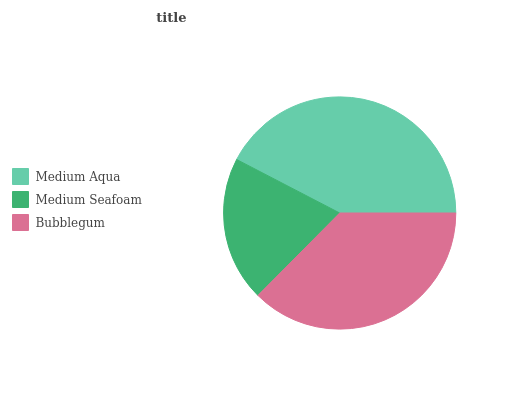
| Medium Aqua | Medium Seafoam | Bubblegum |
 | --- | --- | --- |
 | 42.4% | 20.2% | 37.4% |